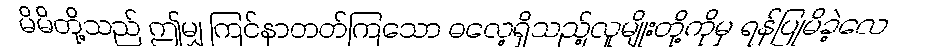
မိမိတို့သည် ဤမျှ ကြင်နာတတ်ကြသော ဓလေ့ရှိသည့်လူမျိုးတို့ကိုမှ ရန်ပြုမိခဲ့လေ